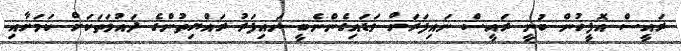
ރައީސް އޮފީހުން ބުނީ ރައީސް ނައިފަރަށް ވަޑައިގެންނެބީ ނައިފަރު ރައްޔިތުންގެ ދައުވަތަކަށް ކަމަށާއި